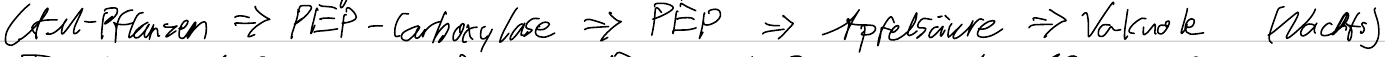
CAM-Pflanzen => PEP-Carboxylase => PEP => Apfelsäure => Vakuole (Nachts)